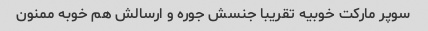
سوپر مارکت خوبیه تقریبا جنسش جوره و ارسالش هم خوبه ممنون